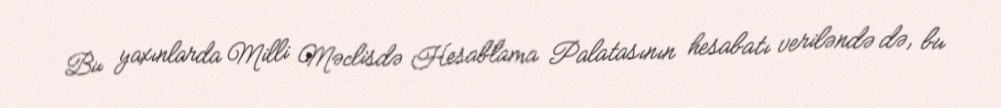
Bu yaxınlarda Milli Məclisdə Hesablama Palatasının hesabatı veriləndə də, bu